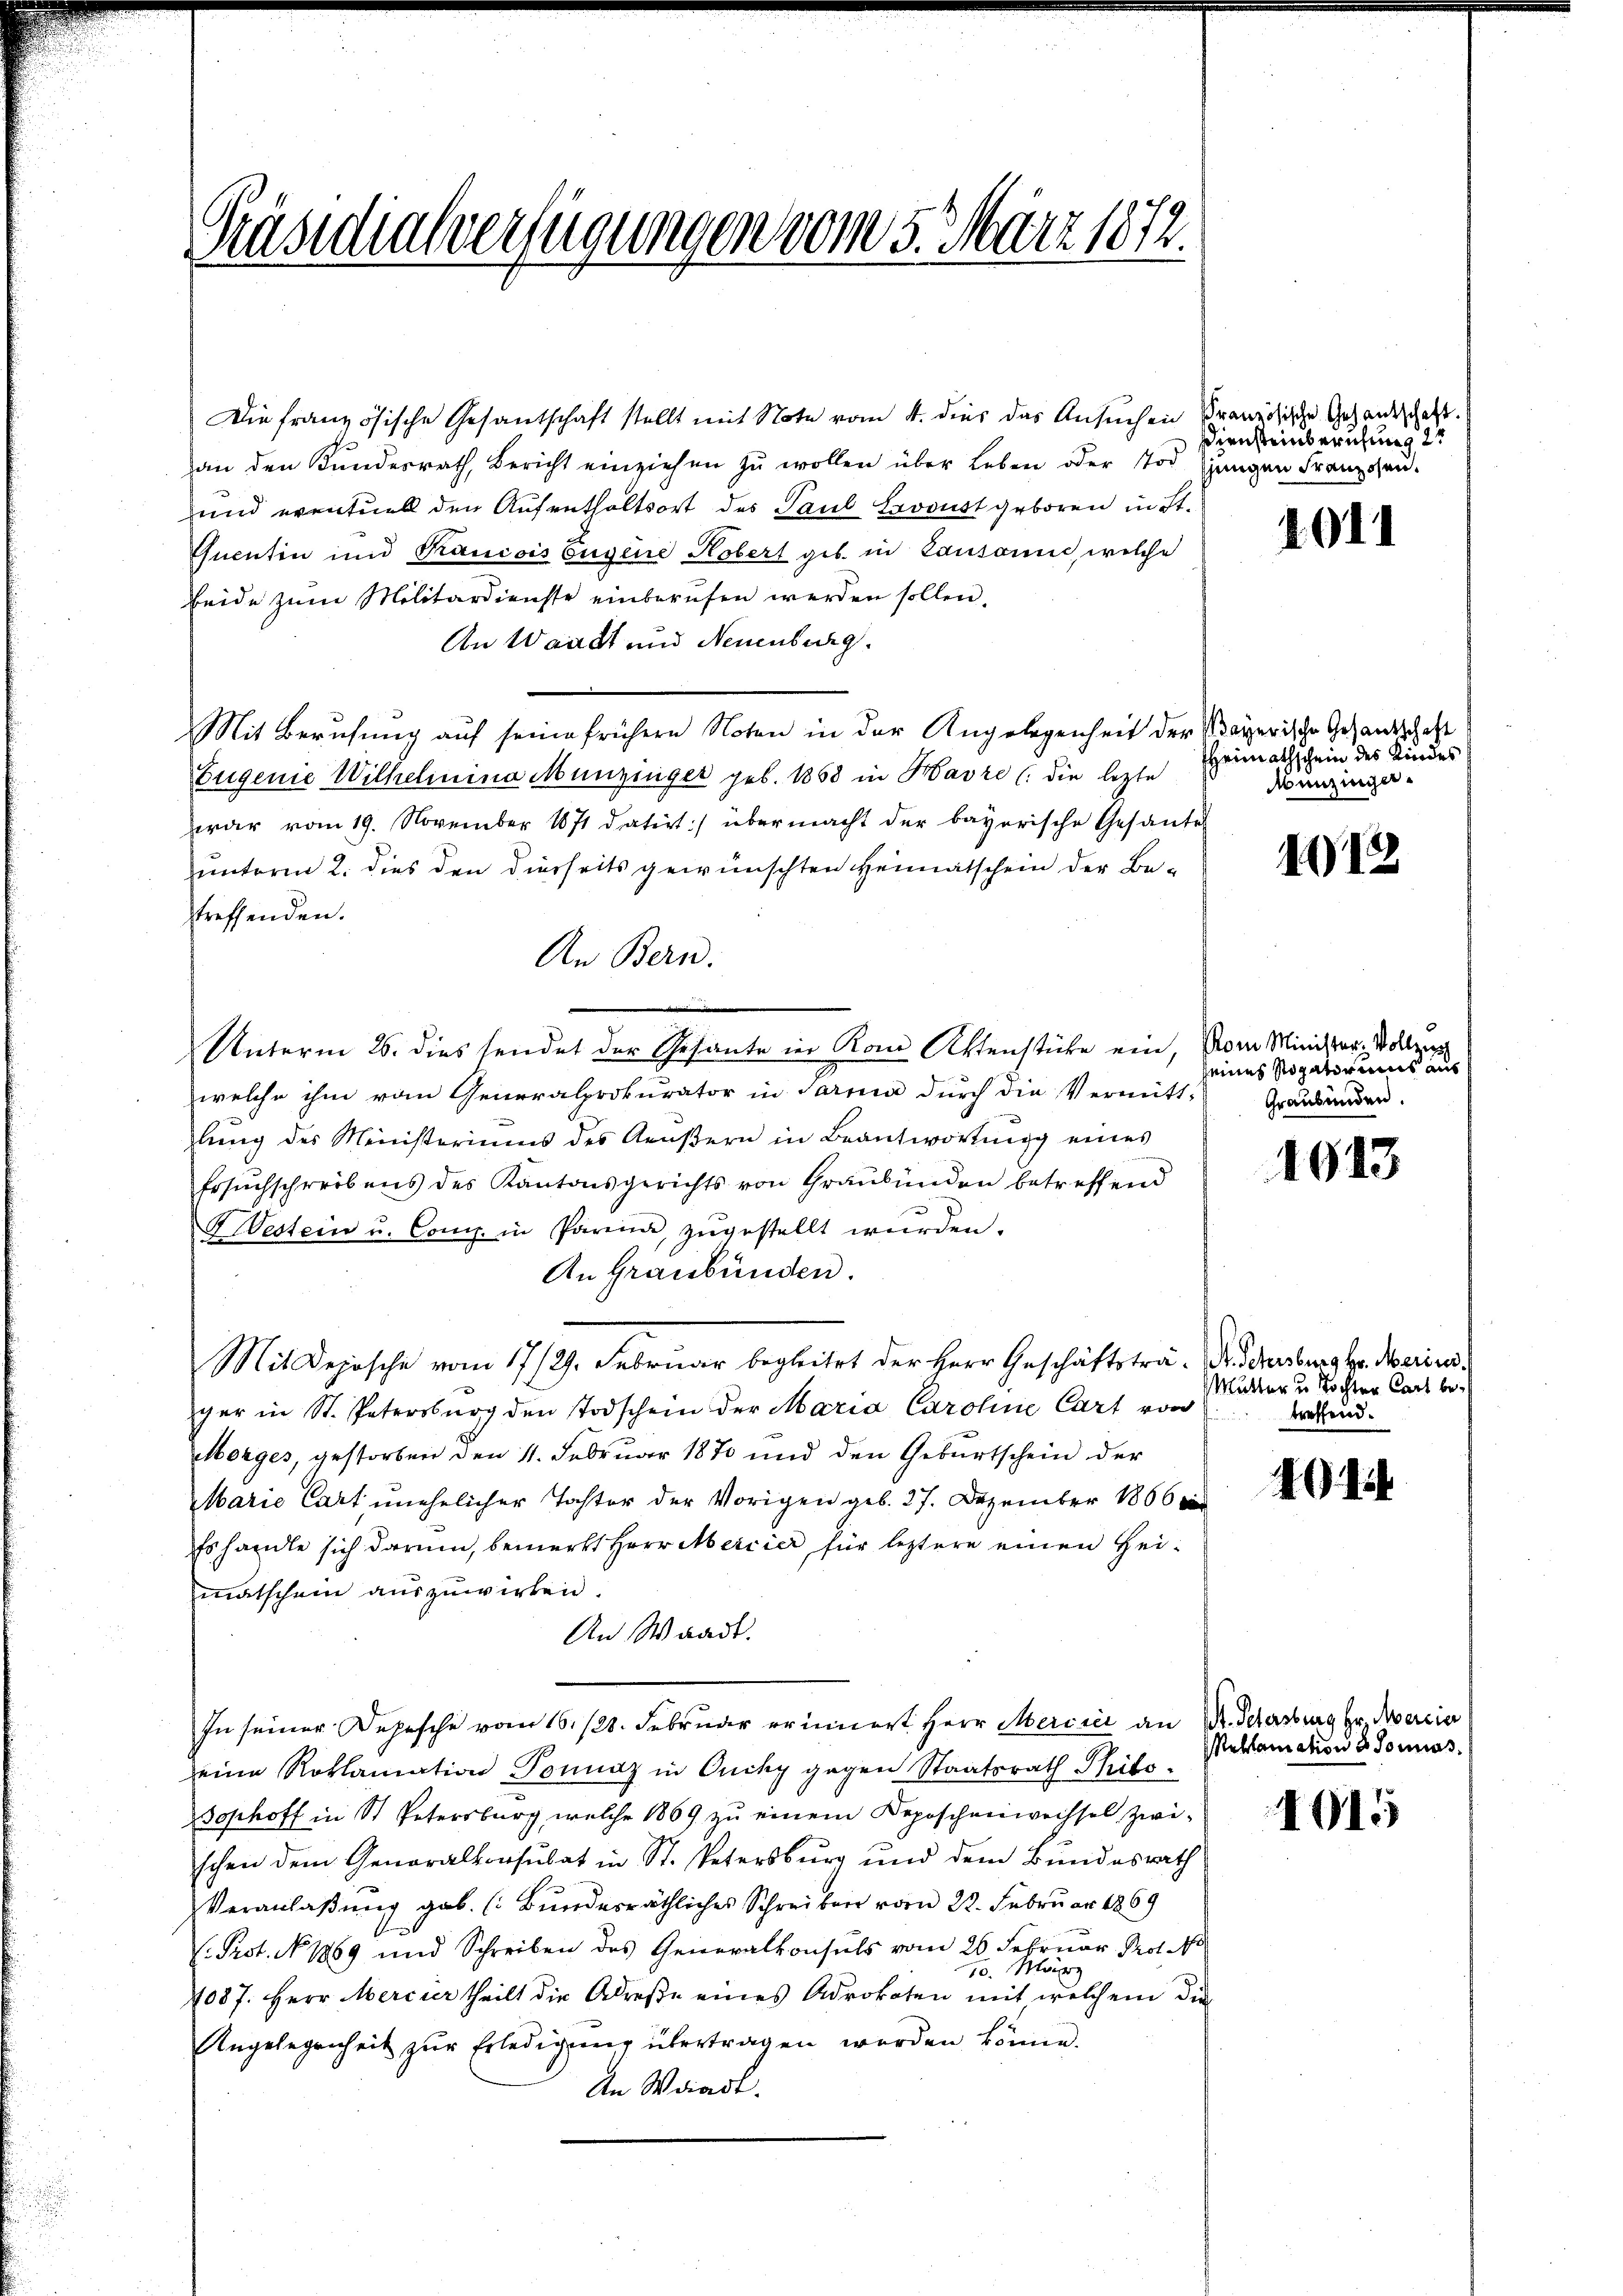
Präsidialverfügungen vom 5. März 1872.

Die französische Gesantschaft stellt mit Note vom 4. dies das Ansuchen Pranzösische Gesandtschaft.
an den Kundesrath, Bericht einziehen zŭ wollen über Leben oder Tod. jungen Franzosen.
und eventuell den Aufenthaltsort des Paul Esvoust geboren in St.
Quentin und Krancois Eugene Kobert geb. in Lausanne, welche
beide zum Militärdienste einberufen werden sollen.
An Waadt und Neuenburg.
Mit Berufung auf seine frühere Noten in der Angelegenheit der Mayerische Gesandtschaft
Eugenie Wilhelmina Münzeiger geb. 1858 in Havre (die letzte
war vom 19. November 1871 datirt:/ übermacht der bayerische Gesantes
unterm 2. dies den dierseits gewünschten Heimatschein der Betreffenden.
An Bern.
Unterm 26. dies sendet der Gesante in Kon Aktenstücke ein,
welche ihm vom Generalprokurator in Sarna durch die Vermitt-
lung des Ministeriums des Aeŭβern in Beantwortung eines
Ersuchschreibens des Kantonsgerichts von Graubünden betreffend
Hestein u. Comp. in Parena, zŭgestellt wŭrden.
An Graubünden.
Mit Deposche vom 17/29. Februar begleitet der Herr Geschäftsträ- Dr. Schenburg hr. Merini
ger in St. Patersburg den Todschein der Maria Caroline Cart von
Morges, gestorben den 11. Februar 1870 und den Geburtschein der
Marie Cart unehelicher Taster der Vorigen geb. 27. Dezember 1866
Es handle sich darum, bemerkt Herr Mercier für leztere einen Heimatschein auszuwirken.
An Waadt.
In seiner Depesche vom 16. 128. Februar erinnert Herr Mercici an Dr. Scherung Hr. Percier
seine Roklamation Donnaz in Ouchy gegen Staatsrath Philo¬
Sophoff in St. Petersburg, welche 1869 zu einem Deposchenwechsel zwi-
schen dem Generalkonsulat in St. Petersburg und dem Bundesrath
Veranlaßung gab. (Bunderräthliches Schreiben vom 22. Februar 1869
V. Prot. No 1869 und Schreiben des Generalkonsuls vom 26. Februar Prot. 10
März
10.
4087. Herr Mercier theilt die Adrese eines Advokaten mit, welchem die
Angelegenheit zŭr Erledigŭng übertragen werden könne.
An Waadt.

Diensteinberufung 2

4011

HHeimathschein des Kindes
Munzinger.

112

om Minister Vollzieh
seines Rogatorums aus
Graubünden.

1013

Mutter u Tochter Cart betreffend.

414

eklamation 3 Jonas.

1015